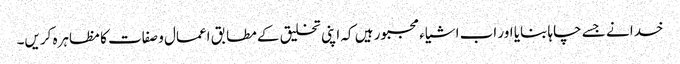
خدا نے جسے چاہا بنایا اور اب اشیاء مجبور ہیں کہ اپنی تخلیق کے مطابق اعمال و صفات کا مظاہرہ کریں۔